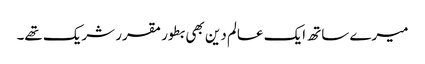
میرے ساتھ ایک عالم دین بھی بطور مقرر شریک تھے۔